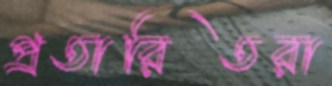
প্রতারিতরা